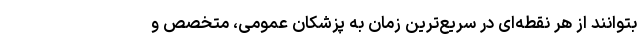
بتوانند از هر نقطه‌ای در سریع‌ترین زمان به پزشکان عمومی، متخصص و